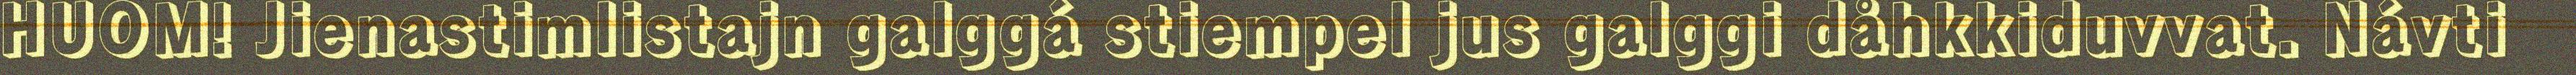
HUOM! Jienastimlistajn galggá stiempel jus galggi dåhkkiduvvat. Návti